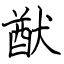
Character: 猷